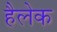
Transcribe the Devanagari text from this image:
हैलेक